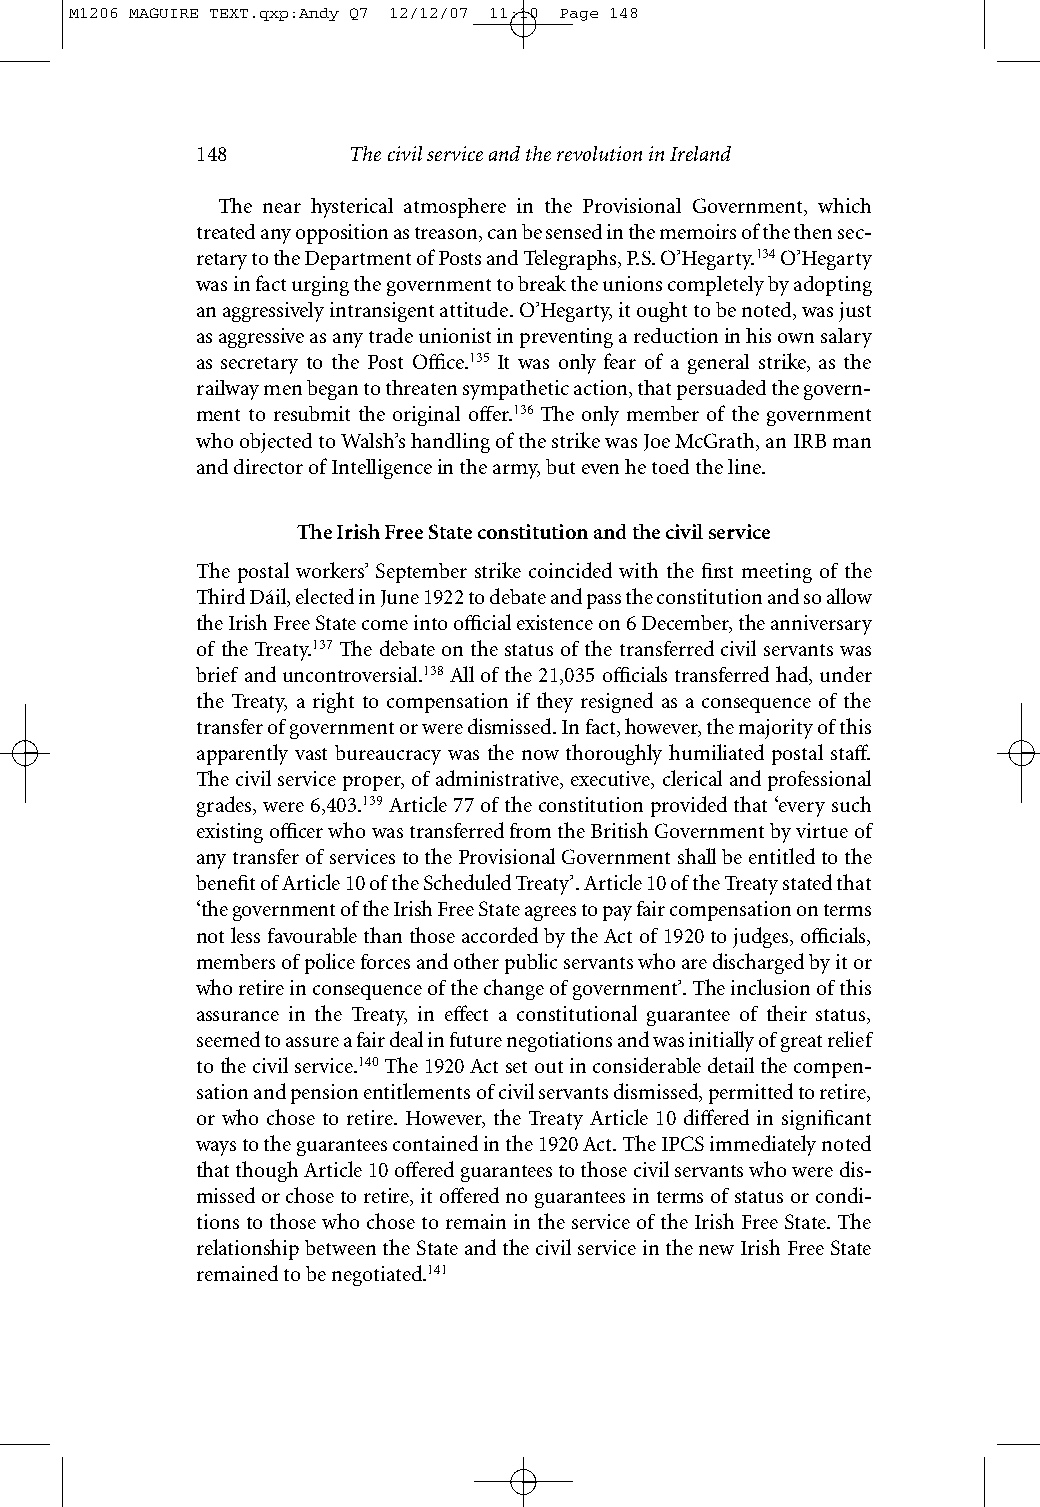
M1206 MAGUIRE TEXT.qxp:Andy Q7 12/12/07 11:10 Page 148
 148       The civil service and the revolution in Ireland
 The near hysterical atmosphere in the Provisional Government, which
 treated any opposition as treason, can be sensed in the memoirs of the then sec-
 retary to the Department of Posts and Telegraphs, P.S. O’Hegarty.134O’Hegarty
 was in fact urging the government to break the unions completely by adopting
 an aggressively intransigent attitude. O’Hegarty, it ought to be noted, was just
 as aggressive as any trade unionist in preventing a reduction in his own salary
 as secretary to the Post Office.135 It was only fear of a general strike, as the
 railway men began to threaten sympathetic action, that persuaded the govern-
 ment to resubmit the original offer.136 The only member of the government
 who objected to Walsh’s handling of the strike was Joe McGrath, an IRB man
 and director of Intelligence in the army, but even he toed the line.
 The Irish Free State constitution and the civil service
 The postal workers’ September strike coincided with the first meeting of the
 Third Dáil, elected in June 1922 to debate and pass the constitution and so allow
 the Irish Free State come into official existence on 6 December, the anniversary
 of the Treaty.137 The debate on the status of the transferred civil servants was
 brief and uncontroversial.138All of the 21,035 officials transferred had, under
 the Treaty, a right to compensation if they resigned as a consequence of the
 transfer of government or were dismissed. In fact, however, the majority of this
 apparently vast bureaucracy was the now thoroughly humiliated postal staff.
 The civil service proper, of administrative, executive, clerical and professional
 grades, were 6,403.139 Article 77 of the constitution provided that ‘every such
 existing officer who was transferred from the British Government by virtue of
 any transfer of services to the Provisional Government shall be entitled to the
 benefit of Article 10 of the Scheduled Treaty’. Article 10 of the Treaty stated that
 ‘the government of the Irish Free State agrees to pay fair compensation on terms
 not less favourable than those accorded by the Act of 1920 to judges, officials,
 members of police forces and other public servants who are discharged by it or
 who retire in consequence of the change of government’. The inclusion of this
 assurance in the Treaty, in effect a constitutional guarantee of their status,
 seemed to assure a fair deal in future negotiations and was initially of great relief
 to the civil service.140The 1920 Act set out in considerable detail the compen-
 sation and pension entitlements of civil servants dismissed, permitted to retire,
 or who chose to retire. However, the Treaty Article 10 differed in significant
 ways to the guarantees contained in the 1920 Act. The IPCS immediately noted
 that though Article 10 offered guarantees to those civil servants who were dis-
 missed or chose to retire, it offered no guarantees in terms of status or condi-
 tions to those who chose to remain in the service of the Irish Free State. The
 relationship between the State and the civil service in the new Irish Free State
 remained to be negotiated.141